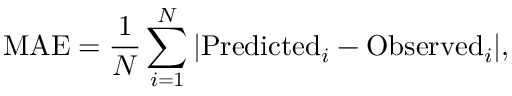
\mathrm { M A E } = \frac { 1 } { N } \sum _ { i = 1 } ^ { N } | \mathrm { P r e d i c t e d } _ { i } - \mathrm { O b s e r v e d } _ { i } | ,